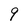
Character: 9